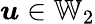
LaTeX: \boldsymbol{u}\in\mathbb{W}_{2}